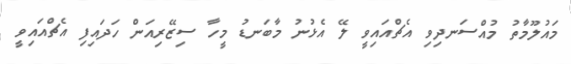
މައުލޫމާތު މުއްސަނދިވި އެޗްއައިވީ ލޭ އެޅުނު މާބަނޑު މީހާ ސިޒޭރިއަން ހަދައިފި އެޗްއައިވީ